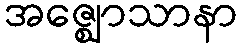
အဇ္ဈောသာနာ